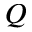
Q